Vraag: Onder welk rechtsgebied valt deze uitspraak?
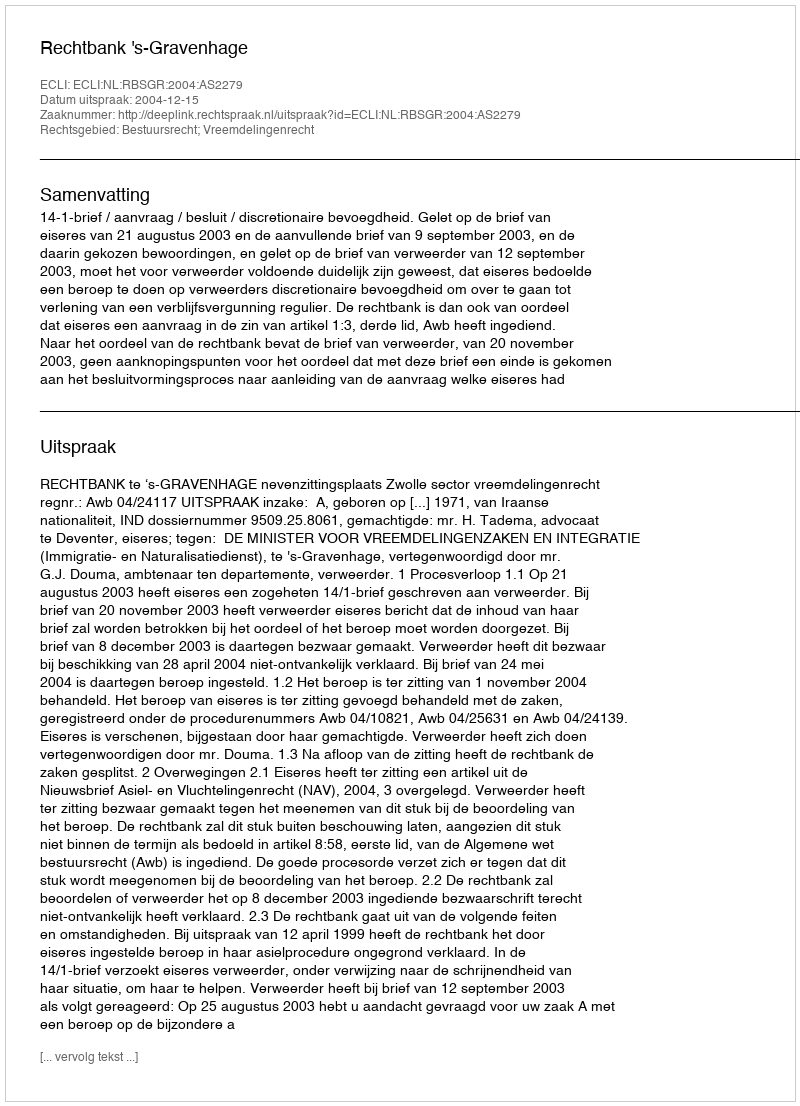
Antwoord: Bestuursrecht; Vreemdelingenrecht